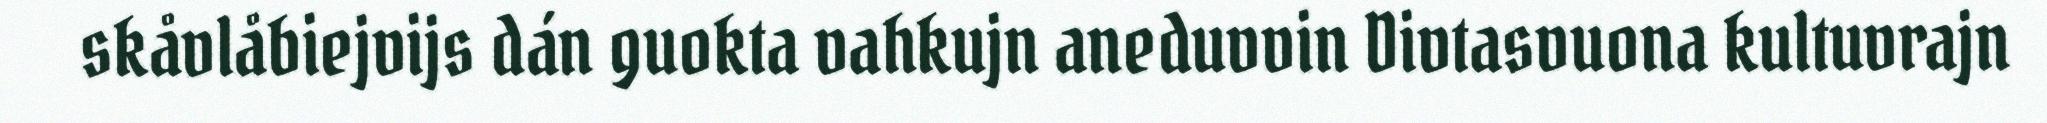
skåvlåbiejvijs dán guokta vahkujn aneduvvin Divtasvuona kultuvrajn